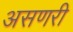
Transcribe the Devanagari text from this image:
असणरी